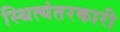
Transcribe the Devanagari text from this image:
स्थित्यंतरकारी